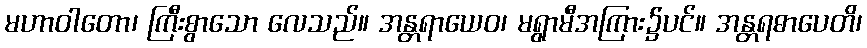
မဟာဝါတော၊ ကြီးစွာသော လေသည်။ အန္တရာယေဝ၊ မရွာမီအကြား၌ပင်။ အန္တရဓာပေတိ၊